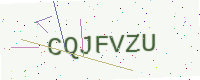
Text: CQJFVZU